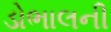
ડોભાલની